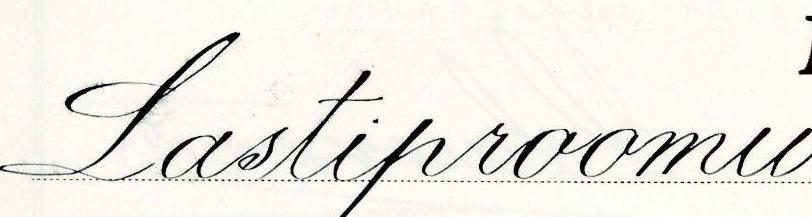
Lastiproomu